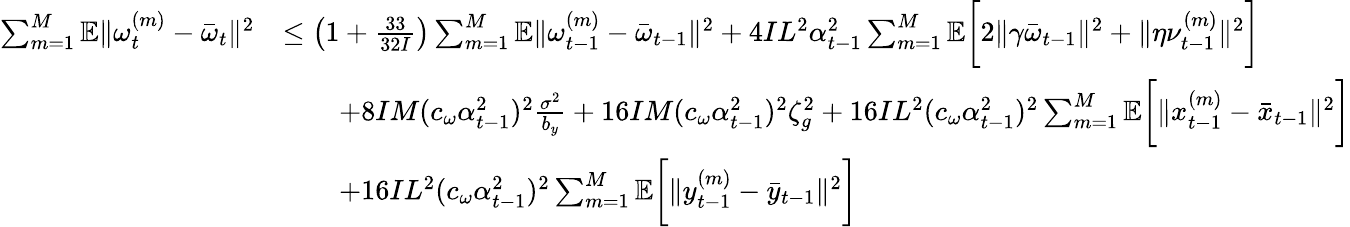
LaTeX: \begin{array}{rl}{\sum_{m=1}^{M}\mathbb{E}\| \omega_{t}^{(m)}-\bar{\omega}_{t}\| ^{2}}&{\leq\left(1+\frac{33}{32I}\right)\sum_{m=1}^{M}\mathbb{E}\| \omega_{t-1}^{(m)}-\bar{\omega}_{t-1}\| ^{2}+4IL^{2}\alpha_{t-1}^{2}\sum_{m=1}^{M}\mathbb{E}\bigg[2\| \gamma\bar{\omega}_{t-1}\| ^{2}+\| \eta\nu_{t-1}^{(m)}\| ^{2}\bigg]}\\ &{\qquad+8IM(c_{\omega}\alpha_{t-1}^{2})^{2}\frac{\sigma^{2}}{b_{y}}+16IM(c_{\omega}\alpha_{t-1}^{2})^{2}\zeta_{g}^{2}+16IL^{2}(c_{\omega}\alpha_{t-1}^{2})^{2}\sum_{m=1}^{M}\mathbb{E}\bigg[\| x_{t-1}^{(m)}-\bar{x}_{t-1}\| ^{2}\bigg]}\\ &{\qquad+16IL^{2}(c_{\omega}\alpha_{t-1}^{2})^{2}\sum_{m=1}^{M}\mathbb{E}\bigg[\| y_{t-1}^{(m)}-\bar{y}_{t-1}\| ^{2}\bigg]}\end{array}